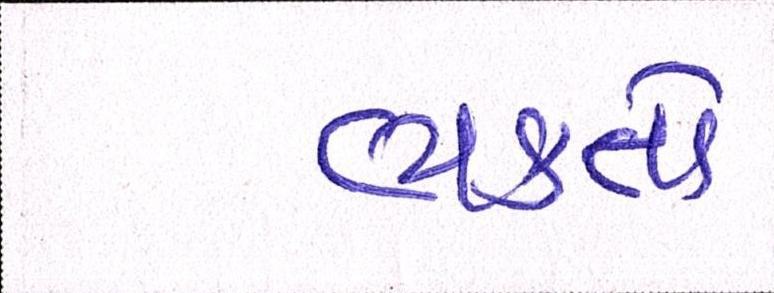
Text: ભક્તો